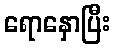
ရောနှောပြီး